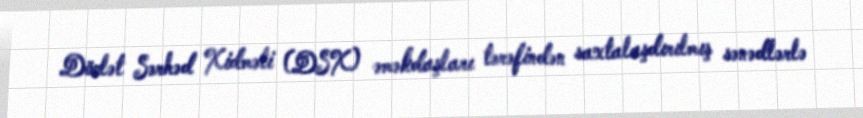
Dövlət Sərhəd Xidməti (DSX) əməkdaşları tərəfindən saxtalaşdırılmış sənədlərlə